Annual report of the Imperial Bacteriological Laboratory, Muktesar
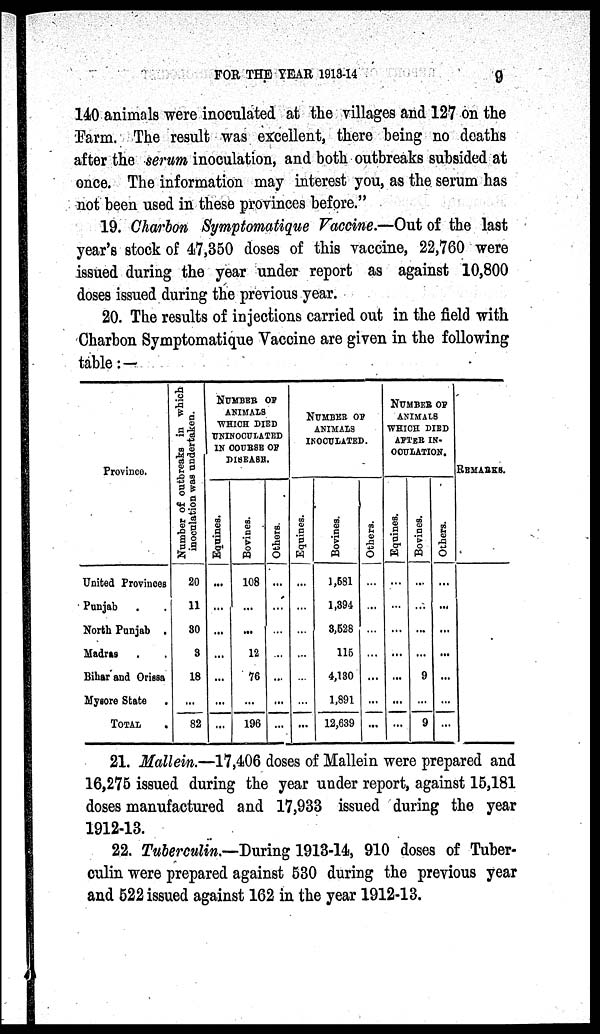
FOR THE YEAR 1913-14
9
140 animals were inoculated at the villages and 127 on the
Farm. The result was excellent, there being no deaths
after the serum inoculation, and both outbreaks subsided at
once. The information may interest you, as the serum has
not been used in these provinces before."
19. Charbon Symptomatique Vaccine.—Out of the last
year's stock of 47,350 doses of this vaccine, 22,760 were
issued during the year under report as against 10,800
doses issued during the previous year.
20. The results of injections carried out in the field with
Charbon Symptomatique Vaccine are given in the following
table:—
Province.
United Provinces
Punjab
. .
North Punjab .
Madras . .
Bihar and Orissa
Mysore State .
TOTAL
.
Number of outbreaks in which
inoculation was undertaken.
20
11
30
3
18
...
82
NUMBER OF
ANIMAL
WHICH DIED
UNIOCLATED
IN COURSE OF
DISEASE.
Equines.
...
...
...
...
...
...
...
Bovines.
108
...
...
12
76
...
196
Others.
...
...
...
...
...
...
...
NUMBER OF
ANIMALS
INOCULATED.
Equines.
...
...
...
...
...
...
...
Bovines.
1,581
1,394
3,528
115
4,130
1,891
12,639
Others.
...
...
...
...
...
...
...
NUMBER OF
ANIMALS
WHICH DIED
AFTER IN¬
OCULATION.
Equines.
...
...
...
...
...
...
...
Bovines.
...
...
...
...
9
...
9
Others.
...
...
...
...
...
...
...
REMARKS.
21. Mallein.—17,406 doses of Mallein were prepared and
16,275 issued during the year under report, against 15,181
doses manufactured and 17,933 issued during the year
1912-13.
22. Tuberculin.—During 1913-14, 910 doses of Tuber-
culin were prepared against 530 during the previous year
and 522 issued against 162 in the year 1912-13.